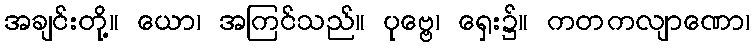
အချင်းတို့။ ယော၊ အကြင်သည်။ ပုဗ္ဗေ၊ ရှေး၌။ ကတကလျာဏော၊